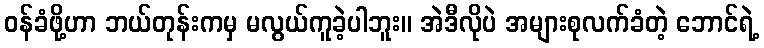
ဝန်ခံဖို့ဟာ ဘယ်တုန်းကမှ မလွယ်ကူခဲ့ပါဘူး။ အဲဒီလိုပဲ အများစုလက်ခံတဲ့ ဘောင်ရဲ့